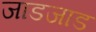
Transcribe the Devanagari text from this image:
जाडजाड